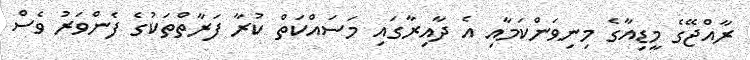
ރާއްޖޭގެ މީޑިއާގެ މިނިވަންކަމާއި އެ ދާއިރާގައި މަސައްކަތް ކުރާ ފަރާތްތަކުގެ ފެންވަރު ވެސް